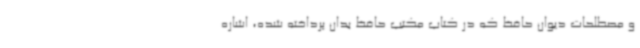
و مصطلحات دیوان حافظ که در کتاب مکتب حافظ بدان پرداخته شده، اشاره